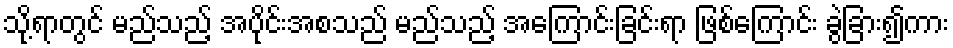
သို့ရာတွင် မည်သည့် အပိုင်းအစသည် မည်သည့် အကြောင်းခြင်းရာ ဖြစ်ကြောင်း ခွဲခြား၍ကား